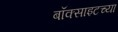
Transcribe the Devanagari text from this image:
बॉक्साइटच्या